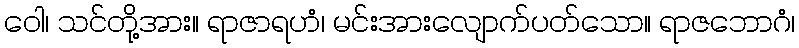
ဝေါ၊ သင်တို့အား။ ရာဇာရဟံ၊ မင်းအားလျောက်ပတ်သော။ ရာဇဘောဂံ၊